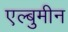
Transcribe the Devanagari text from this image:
एल्बुमीन